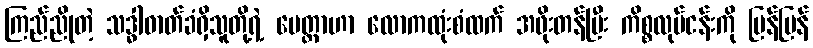
ကြည်ညိုတဲ့ သဒ္ဓါဓာတ်ခံရှိသူတို့ရဲ့ မေတ္တာဟာ လောကထုံးစံထက် အဖိုးတန်ပြီး ကိစ္စလုပ်ငန်းကို မြန်မြန်